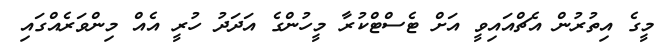
މީގެ އިތުރުން އެޗްއައިވީ އަށް ޓެސްޓްކުރާ މީހުންގެ އަދަދު ހުރީ އެއް މިންވަރެއްގައި